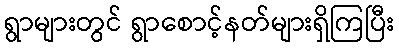
ရွာများတွင် ရွာစောင့်နတ်များရှိကြပြီး